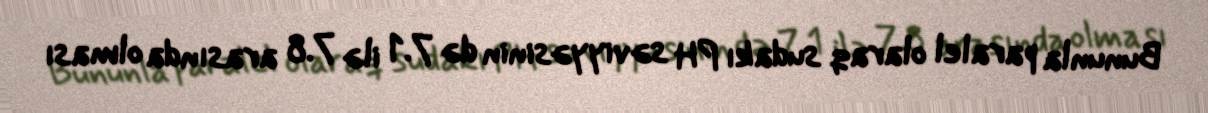
Bununla paralel olaraq sudakı PH səviyyəsinin də 7.1 ilə 7.8 arasında olması